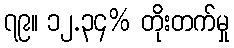
၇၉။ ၁၂.၃၄% တိုးတက်မှု